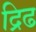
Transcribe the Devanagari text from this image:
द्रिढ